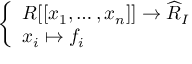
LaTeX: \left\{ \begin{array} { l l } { R [ [ x _ { 1 } , \ldots , x _ { n } ] ] \to { \widehat { R } } _ { I } } \\ { x _ { i } \mapsto f _ { i } } \end{array} \right.